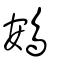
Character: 鴳